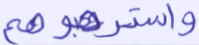
واسترهبوهم